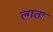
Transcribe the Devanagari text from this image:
ल्गता